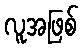
လူအဖြစ်